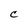
Character: C